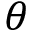
\theta